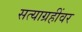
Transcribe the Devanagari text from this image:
सत्याग्रहींवर